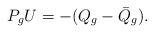
LaTeX: \begin{align*}P_gU=-(Q_g-\bar{Q}_g).\end{align*}